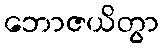
ဘောဇယိတွာ